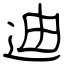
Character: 迪